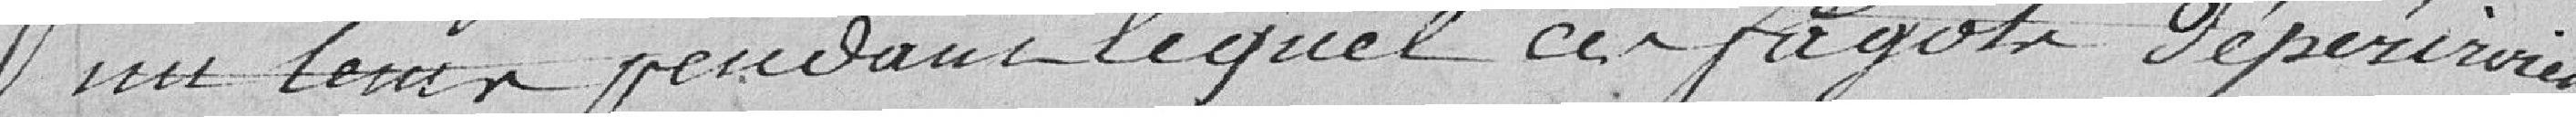
un leur pendant lequel ces fagots dépérimeraient